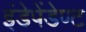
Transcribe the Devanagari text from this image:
इंडेपेंडेण्ट